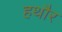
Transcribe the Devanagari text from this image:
हथौर